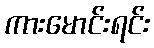
ကားမောင်းရင်း